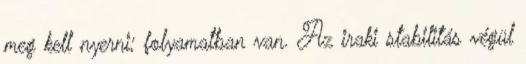
meg kell nyerni; folyamatban van. Az iraki stabilitás végül